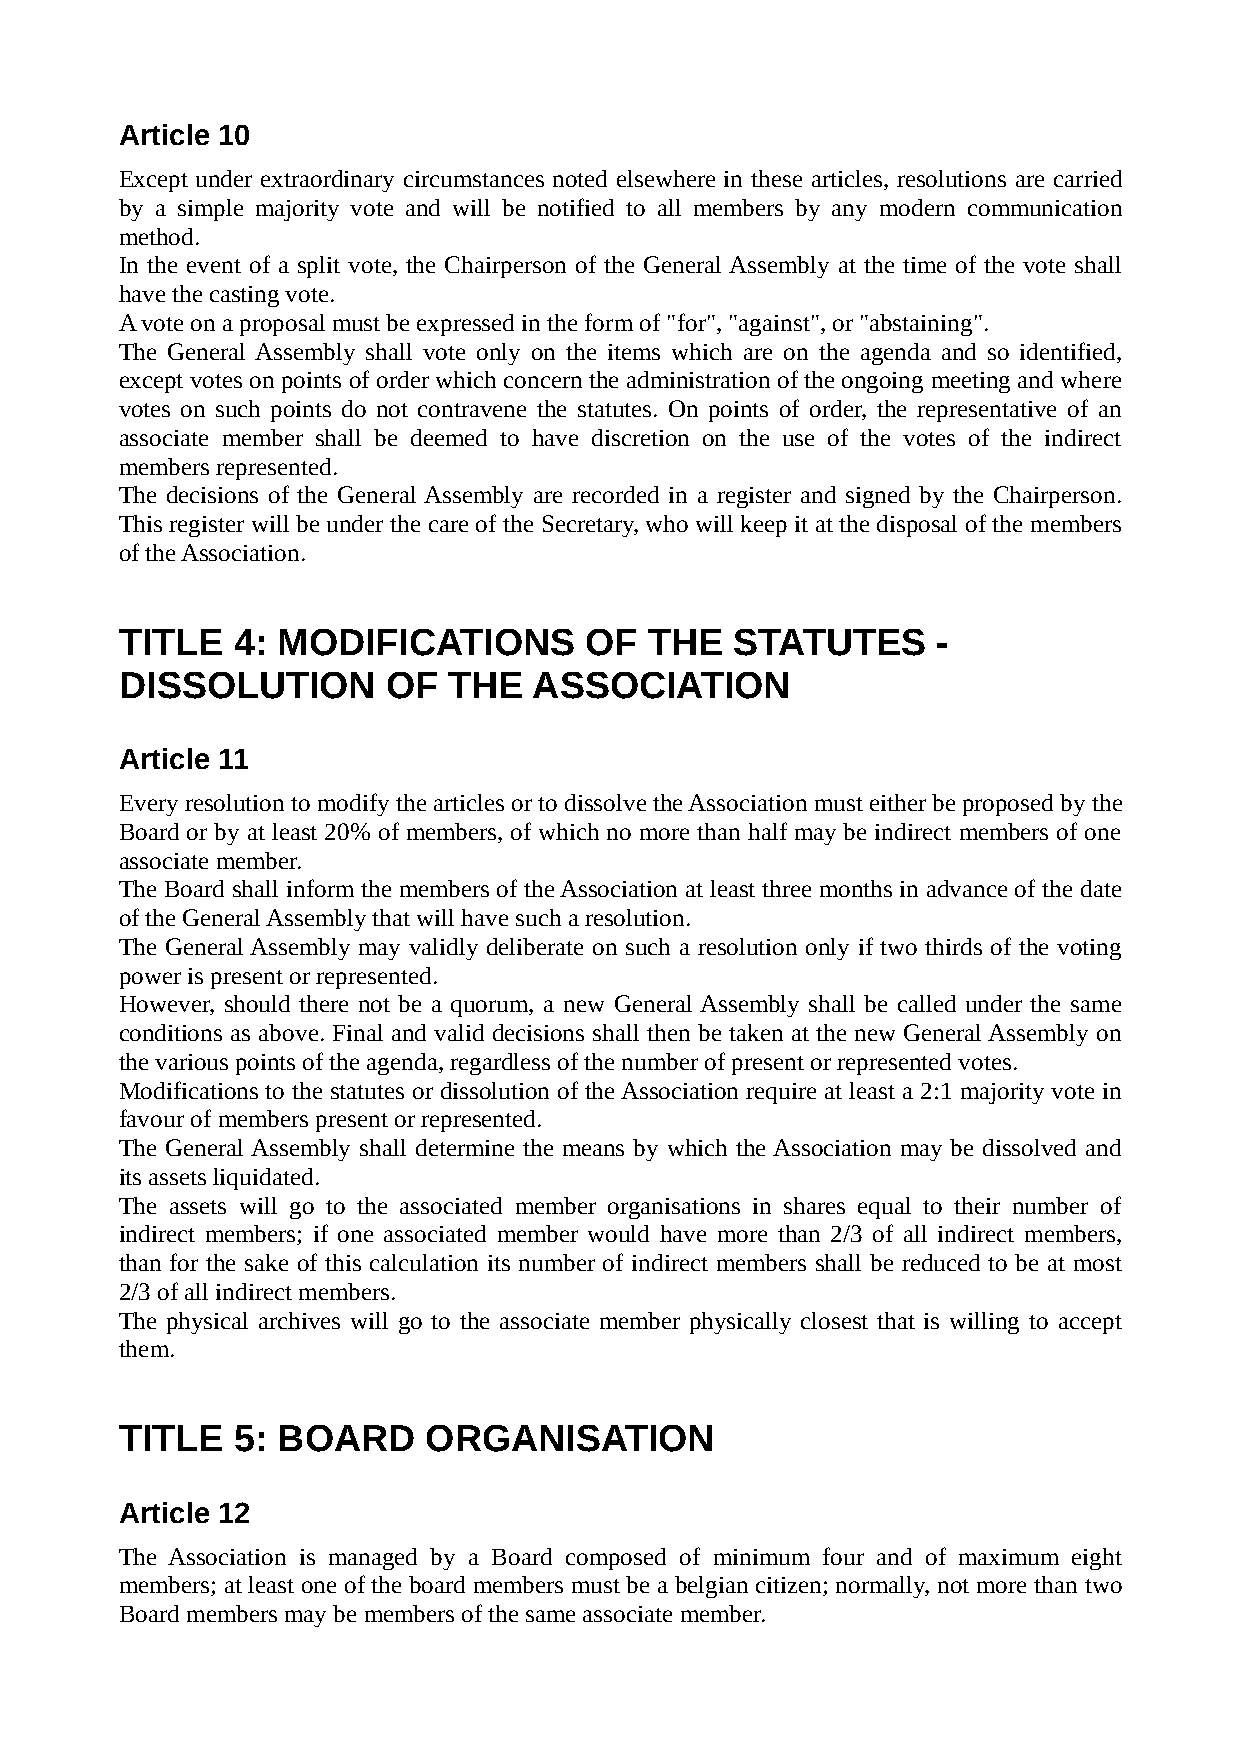
Article 10
 Except under extraordinary circumstances noted elsewhere in these articles, resolutions are carried
 by a simple majority vote and will be notified to all members by any modern communication
 method.
 In the event of a split vote, the Chairperson of the General Assembly at the time of the vote shall
 have the casting vote.
 A vote on a proposal must be expressed in the form of "for", "against", or "abstaining".
 The General Assembly shall vote only on the items which are on the agenda and so identified,
 except votes on points of order which concern the administration of the ongoing meeting and where
 votes on such points do not contravene the statutes. On points of order, the representative of an
 associate member shall be deemed to have discretion on the use of the votes of the indirect
 members represented.
 The decisions of the General Assembly are recorded in a register and signed by the Chairperson.
 This register will be under the care of the Secretary, who will keep it at the disposal of the members
 of the Association.
 TITLE  4: MODIFICATIONS        OF  THE   STATUTES     -
 DISSOLUTION       OF  THE  ASSOCIATION
 Article 11
 Every resolution to modify the articles or to dissolve the Association must either be proposed by the
 Board or by at least 20% of members, of which no more than half may be indirect members of one
 associate member.
 The Board shall inform the members of the Association at least three months in advance of the date
 of the General Assembly that will have such a resolution.
 The General Assembly may validly deliberate on such a resolution only if two thirds of the voting
 power is present or represented.
 However, should there not be a quorum, a new General Assembly shall be called under the same
 conditions as above. Final and valid decisions shall then be taken at the new General Assembly on
 the various points of the agenda, regardless of the number of present or represented votes.
 Modifications to the statutes or dissolution of the Association require at least a 2:1 majority vote in
 favour of members present or represented.
 The General Assembly shall determine the means by which the Association may be dissolved and
 its assets liquidated.
 The assets will go to the associated member organisations in shares equal to their number of
 indirect members; if one associated member would have more than 2/3 of all indirect members,
 than for the sake of this calculation its number of indirect members shall be reduced to be at most
 2/3 of all indirect members.
 The physical archives will go to the associate member physically closest that is willing to accept
 them.
 TITLE  5: BOARD     ORGANISATION
 Article 12
 The Association is managed by a Board composed of minimum four and of maximum eight
 members; at least one of the board members must be a belgian citizen; normally, not more than two
 Board members may be members of the same associate member.